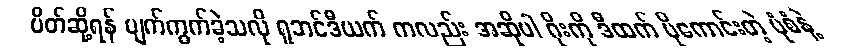
ပိတ်ဆို့ရန် ပျက်ကွက်ခဲ့သလို ရူဘင်ဒီယက် ကလည်း အဆိုပါ ဂိုးကို ဒီထက် ပိုကောင်းတဲ့ ပုံစံနဲ့